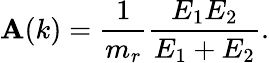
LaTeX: \mathbf{A}(k)=\frac{{1}}{{m_{r}}}\frac{{E_{1}E_{2}}}{{E_{1}+E_{2}}}.